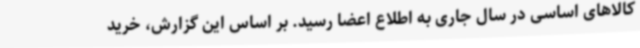
کالاهای اساسی در سال جاری به اطلاع اعضا رسید. بر اساس این گزارش، خرید